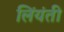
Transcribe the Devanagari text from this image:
लिंयंती